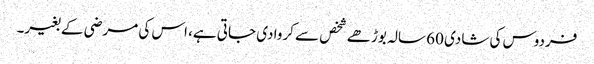
فردوس کی شادی 60 سالہ بوڑھے شخص سے کروا دی جاتی ہے، اس کی مرضی کے بغیر۔